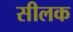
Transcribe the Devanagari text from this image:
सीलक